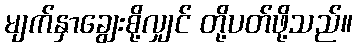
မျက်နှာချွေးစို့လျှင် တို့ပတ်ဖို့သည်။